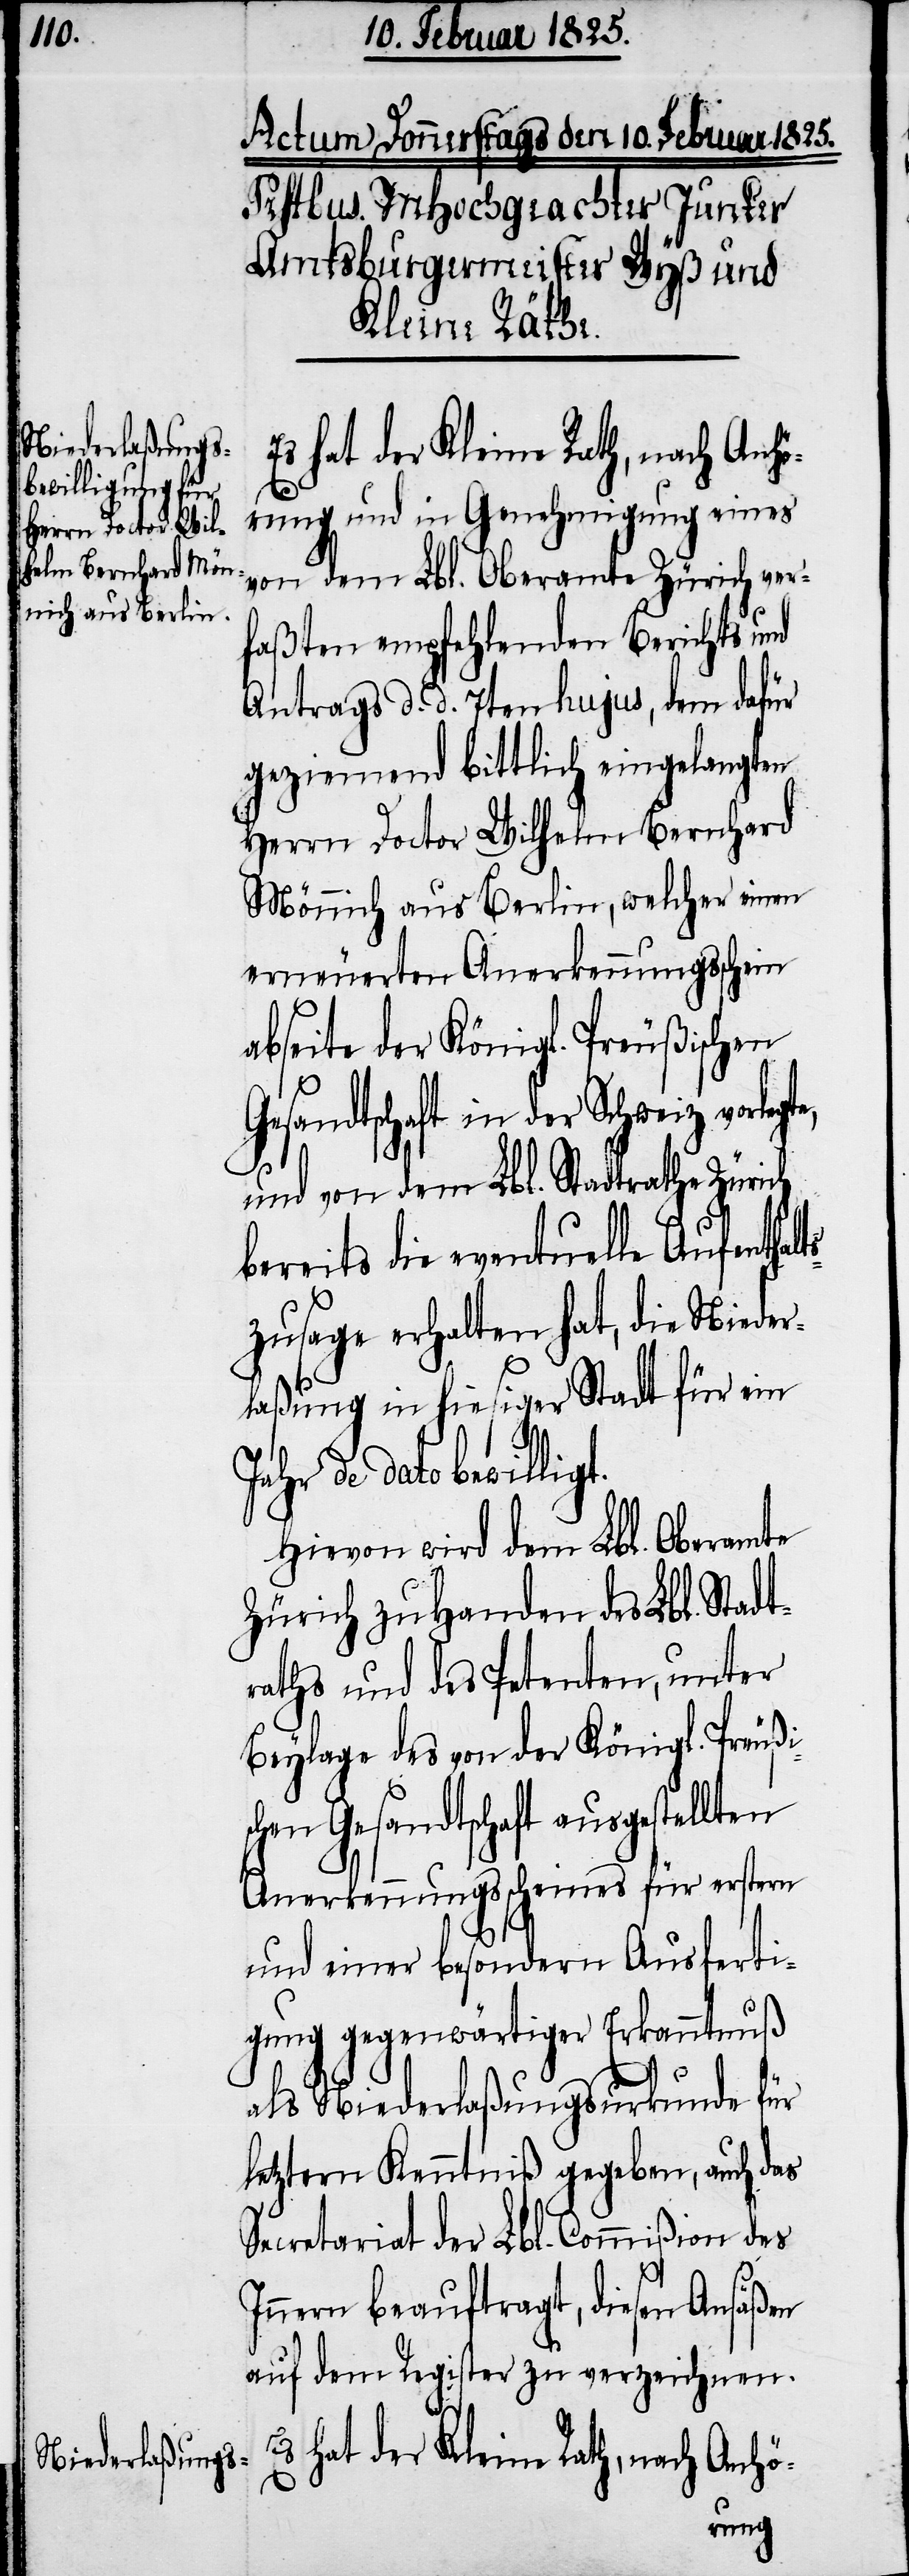
Es hat der Kleine Rath, nach Anhö-
rung und in Genehmigung eines
von dem Lbl. Oberamte Zürich ver¬
faßten empfehlenden Berichts und
Antrags d. d. 7ten hujus, dem dafür
geziemend bittlich eingelangten
Herrn Doctor Wilhelm Bernhard
Mönnich aus Berlin, welcher einen
erneuerten Anerkennungsschein
abseite der Königl. Preußischen
Gesandtschaft in der Schweiz vorlegte,
und von dem Lbl. Stadtrathe Zürich
bereits die eventuelle Aufenthalt¬
szusage erhalten hat, die Nieder¬
laßung in hiesiger Stadt für ein
de dato bewilligt.
Hievon wird dem Lbl. Oberamte
Zürich zu Handen des Lbl. Stadt¬
raths und des Petenten, unter
Beylage des von der Königl. Preußis¬
chen Gesandtschaft ausgestellten
Anerkennungsscheines für erstern
und einer besondern Ausferti¬
gung gegenwärtiger Erkanntnuß
als Niederlaßungsurkunde für
letztern Kenntniß gegeben, auch das
Secretariat der Lbl. Commißion des
Innern beauftragt, diesen Ansäßen
auf dem Register zu verzeichnen.